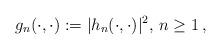
LaTeX: \begin{align*} g_n(\cdot,\cdot):=|h_n(\cdot,\cdot)|^2,\,n\ge1\,,\end{align*}